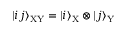
| i j \rangle _ { \mathrm { X Y } } = | i \rangle _ { \mathrm { X } } \otimes | j \rangle _ { \mathrm { Y } }